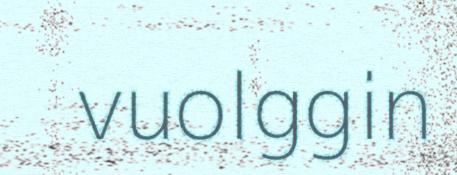
vuolggin